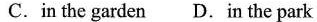
C. in the garden D. in the park